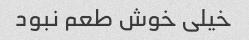
خیلی خوش طعم نبود